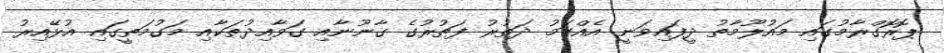
ޕޮރޮގްރާމުގައި މައުލޫމާތު ދީފައިވަނީ އެއްގަމު ދަތުރު ފަތުރުގެ ގާނޫނާއި ގަވާއިދުތަކާއި މަގުމަތީގައި އުޅޭއިރު